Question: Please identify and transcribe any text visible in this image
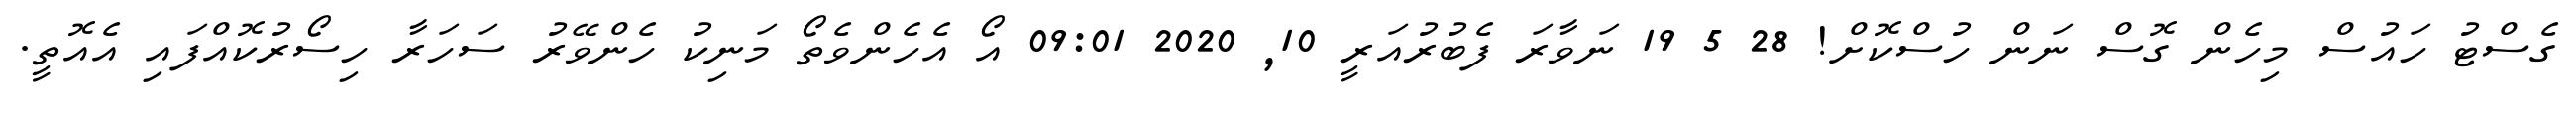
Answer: ގެސްޓު ހައުސް މިހެން ގޮސް ނަން ހުސްކޮށް! 28 5 19 ނަވާރަ ފެބުރުއަރީ 10, 2020 09:01 އޯ އެހެންވެތޯ މަނިކު ހެންވޭރު ސަހަރާ ހިސޯރުކޮއްފައި އެއޮތީ.